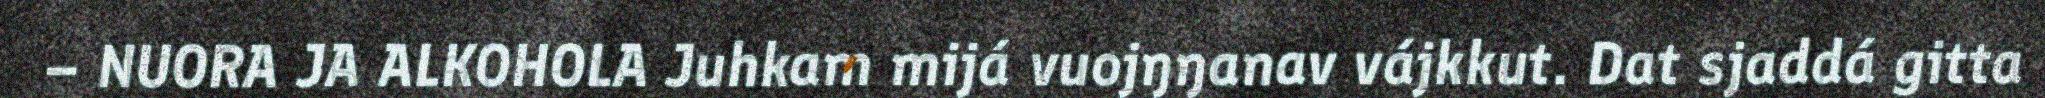
– NUORA JA ALKOHOLA Juhkam mijá vuojŋŋanav vájkkut. Dat sjaddá gitta